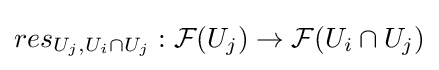
res_{U_{j},U_{i}\cap U_{j}}:{\mathcal {F}}(U_{j})\rightarrow {\mathcal {F}}(U_{i}\cap U_{j})